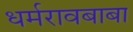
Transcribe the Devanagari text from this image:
धर्मरावबाबा